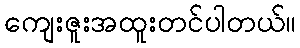
ကျေးဇူးအထူးတင်ပါတယ်။